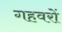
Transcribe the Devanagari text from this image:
गहवरों